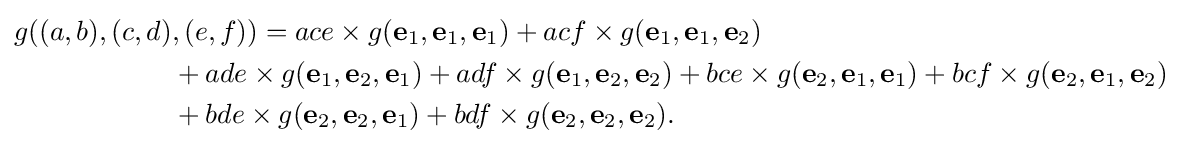
{\begin{aligned}g((a,b),(c,d)&,(e,f))=ace\times g({\textbf {e}}_{1},{\textbf {e}}_{1},{\textbf {e}}_{1})+acf\times g({\textbf {e}}_{1},{\textbf {e}}_{1},{\textbf {e}}_{2})\\&+ade\times g({\textbf {e}}_{1},{\textbf {e}}_{2},{\textbf {e}}_{1})+adf\times g({\textbf {e}}_{1},{\textbf {e}}_{2},{\textbf {e}}_{2})+bce\times g({\textbf {e}}_{2},{\textbf {e}}_{1},{\textbf {e}}_{1})+bcf\times g({\textbf {e}}_{2},{\textbf {e}}_{1},{\textbf {e}}_{2})\\&+bde\times g({\textbf {e}}_{2},{\textbf {e}}_{2},{\textbf {e}}_{1})+bdf\times g({\textbf {e}}_{2},{\textbf {e}}_{2},{\textbf {e}}_{2}).\end{aligned}}